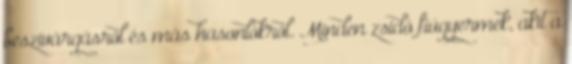
beszivárgásról és más hasonlókról. Minden zsidó fiúgyermek, akit a